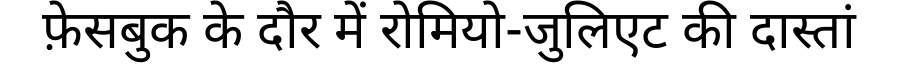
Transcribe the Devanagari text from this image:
फ़ेसबुक के दौर में रोमियो-जुलिएट की दास्तां